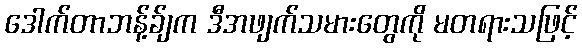
ဒေါက်တာဘန့်ခ်ျက ဒီအဖျက်သမားတွေကို မတရားသဖြင့်